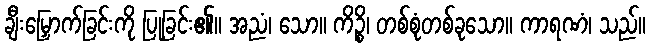
ချီးမြှောက်ခြင်းကို ပြုခြင်း၏။ အညံ၊ သော။ ကိဉ္စိ၊ တစ်စုံတစ်ခုသော။ ကာရဏံ၊ သည်။